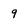
Character: q